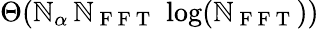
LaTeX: \Theta(\mathbb{N}_{\alpha}\, \mathbb{N}_{\mathrm{{~F~F~T~}}}\, \log(\mathbb{N}_{\mathrm{{~F~F~T~}}}))